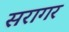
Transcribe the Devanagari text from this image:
सरागर